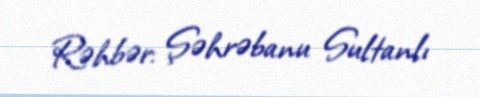
Rəhbər: Şəhrəbanu Sultanlı